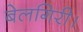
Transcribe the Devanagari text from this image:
बेलगिरी।